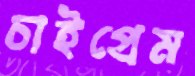
চাইপ্রেম